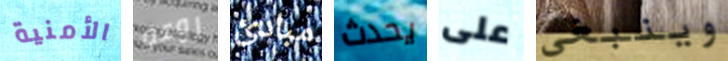
الأمنية روعة مبادئ يحدث على وينبغي